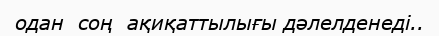
одан  соң  ақиқаттылығы дәлелденеді..